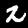
Digit: 2